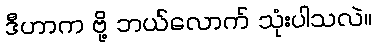
ဒီဟာက ဗို့ ဘယ်လောက် သုံးပါသလဲ။